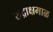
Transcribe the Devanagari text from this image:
रुद्राक्षमाळ